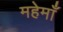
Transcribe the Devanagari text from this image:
महेमाँ